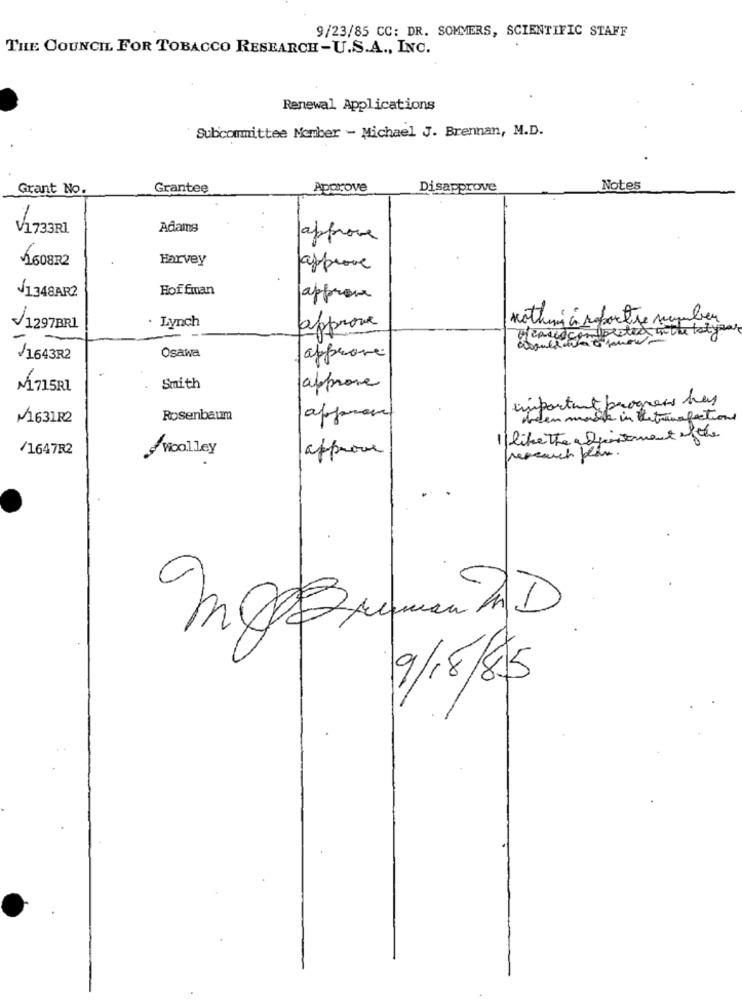
9/23/85 CC: DR. SOMMERS, SCIENTIFIC STAFF
THE COUNCIL FOR TOBACCO RESEARCH-U.S.A ., INC.
Renewal Applications
Subcommittee Nomber - Michael J. Brennan, M.D.
Grant No.
Grantee
Approve
Disapprove
Notes
1
V1733R1
Adams
approve
1608R2
Harvey
approve
1348AR2
Hoffman
approve
. Lynch
nothing à raportse number
/1297BRI
approve
could
/1643R2
Osawa
approve
M1715RL
Smith
approve
important progress has
+1631R2
Rosenbaum
orden made in thetransfectione
I like the adjustment eft
/1647R2
Woolley
research plan.
approve
9/18/85